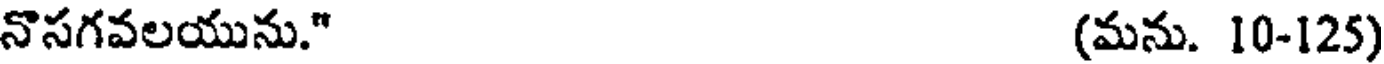
నొసగవలయును." (మను. 10-125)